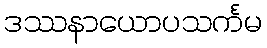
ဒဿနာယောပသင်္ကမ